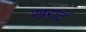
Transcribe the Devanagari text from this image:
खराटॅ